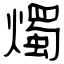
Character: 燭